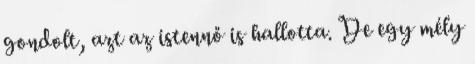
gondolt, azt az istennő is hallotta. De egy mély